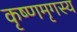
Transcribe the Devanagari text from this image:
कृष्णमृगस्य